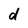
Character: d